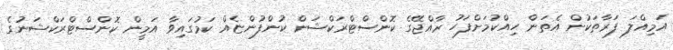
އަމިއްލަ ފަރާތަކުން އެތަން ހިއްކުމަށްފަހު ރާއްޖޭގެ ކޮންސްޓްރަކްޝަން ކުންފުންޏެއް ކަމުގައިވާ އަމީން ކޮންސްޓްރަކްޝަނުގެ